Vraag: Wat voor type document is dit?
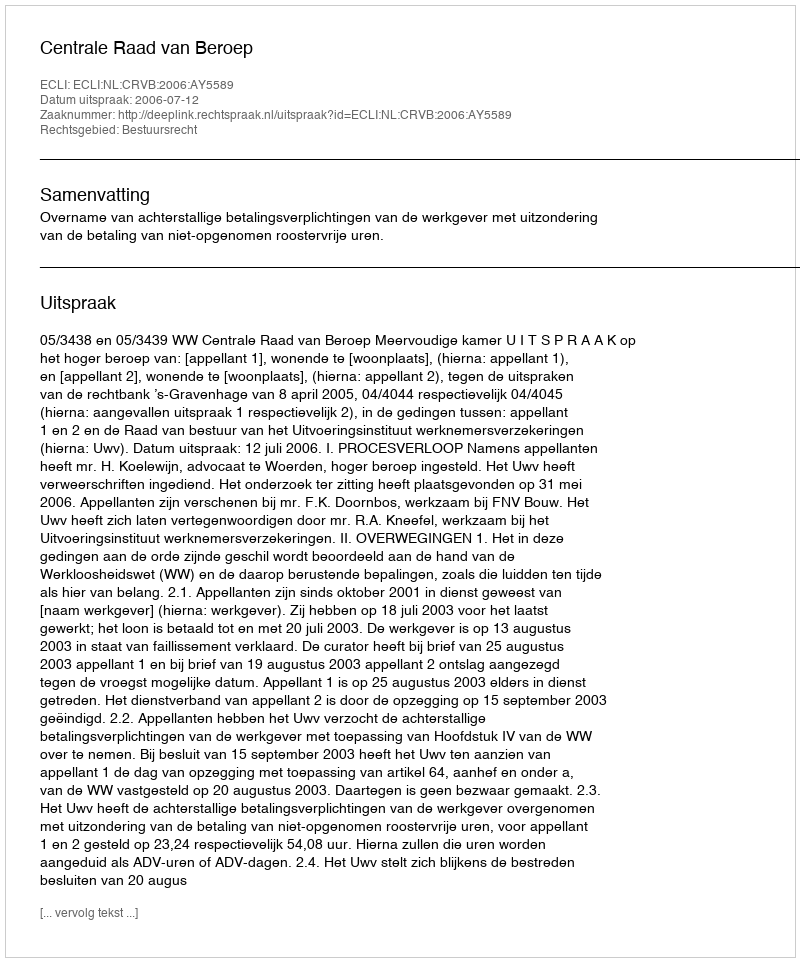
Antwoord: Uitspraak